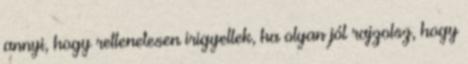
annyi, hogy rettenetesen irigyellek, ha olyan jól rajzolsz, hogy